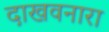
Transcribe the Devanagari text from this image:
दाखवनारा